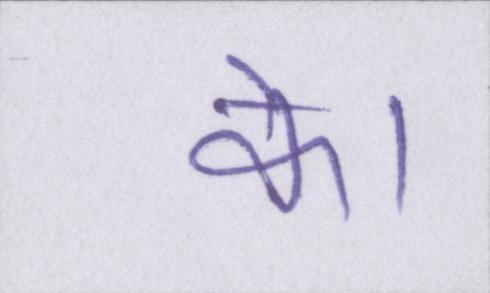
के।